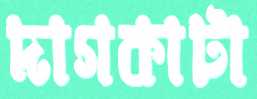
দাগকাটা